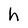
Character: h